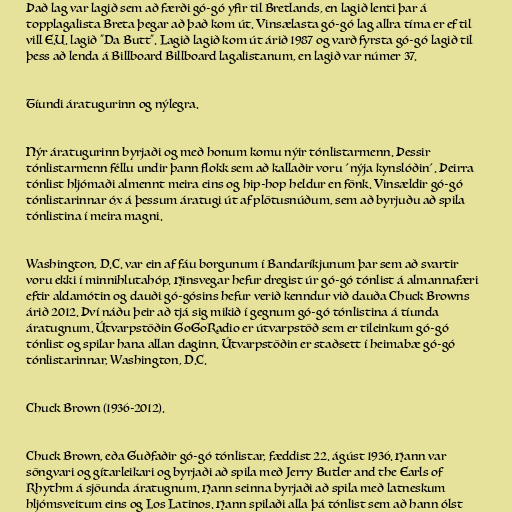
Það lag var lagið sem að færði gó-gó yfir til Bretlands, en lagið lenti þar á
topplagalista Breta þegar að það kom út. Vinsælasta gó-gó lag allra tíma er ef til
vill E.U. lagið "Da Butt". Lagið lagið kom út árið 1987 og varð fyrsta gó-gó lagið til
þess að lenda á Billboard Billboard lagalistanum, en lagið var númer 37.

Tíundi áratugurinn og nýlegra.

Nýr áratugurinn byrjaði og með honum komu nýir tónlistarmenn. Þessir
tónlistarmenn féllu undir þann flokk sem að kallaðir voru ´nýja kynslóðin´. Þeirra
tónlist hljómaði almennt meira eins og hip-hop heldur en fönk. Vinsældir gó-gó
tónlistarinnar óx á þessum áratugi út af plötusnúðum, sem að byrjuðu að spila
tónlistina í meira magni.

Washington, D.C. var ein af fáu borgunum í Bandaríkjunum þar sem að svartir
voru ekki í minnihlutahóp. Hinsvegar hefur dregist úr gó-gó tónlist á almannafæri
eftir aldamótin og dauði gó-gósins hefur verið kenndur við dauða Chuck Browns
árið 2012. Því náðu þeir að tjá sig mikið í gegnum gó-gó tónlistina á tíunda
áratugnum. Útvarpstöðin GoGoRadio er útvarpstöð sem er tileinkum gó-gó
tónlist og spilar hana allan daginn. Útvarpstöðin er staðsett í heimabæ gó-gó
tónlistarinnar, Washington, D.C.

Chuck Brown (1936-2012).

Chuck Brown, eða Guðfaðir gó-gó tónlistar, fæddist 22. ágúst 1936. Hann var
söngvari og gítarleikari og byrjaði að spila með Jerry Butler and the Earls of
Rhythm á sjöunda áratugnum. Hann seinna byrjaði að spila með latneskum
hljómsveitum eins og Los Latinos. Hann spilaði alla þá tónlist sem að hann ólst